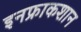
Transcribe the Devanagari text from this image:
इनफ्राकशान